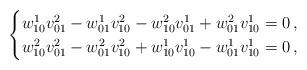
LaTeX: \begin{align*}\begin{cases} w^1_{10}v^2_{01}-w^1_{01}v^2_{10}-w^2_{10}v^1_{01}+w^2_{01}v^1_{10}=0\,,\\w^2_{10}v^2_{01}-w^2_{01}v^2_{10}+w^1_{10}v^1_{10}-w^1_{01}v^1_{10}=0\,,\end{cases}\end{align*}